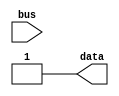
module transmitter (input [7:0] bus , output data);

reg clk;
integer i;
assign data=temp;
reg temp;
initial begin
    clk<=0;
    
end

always #1 clk=~clk;

always @(clk) begin

    if (bus=== 8'bxxxxxxxx) temp<=1;

    else begin
        temp<=0;
        
        #1

        for (i=0 ; i<8 ; i++)  begin
            temp<=bus[i];
            #1;
        end  

        temp= bus[0]^bus[1]^bus[2]^bus[3]^bus[4]^bus[5]^bus[6]^bus[7];

        #1

        temp<=1;

        #1;
    end
end

endmodule